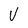
Character: V